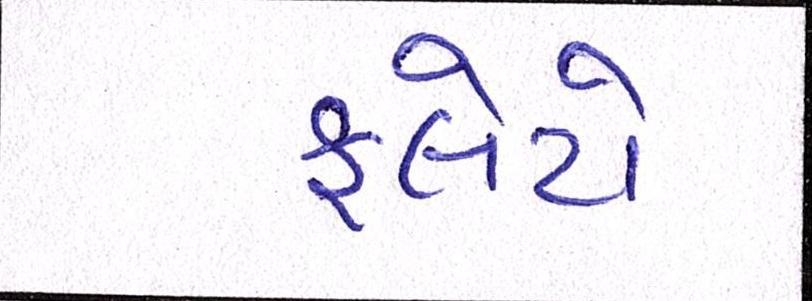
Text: ફ્લેટો